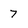
Character: 7